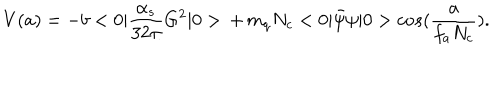
V ( a ) = - b < 0 | { \frac { \alpha _ { s } } { 3 2 \pi } } G ^ { 2 } | 0 > \, + \, m _ { q } N _ { c } < 0 | \bar { \psi } \psi | 0 > c o s ( { \frac { a } { f _ { a } N _ { c } } } ) .